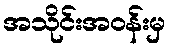
အသိုင်းအဝန်းမှ